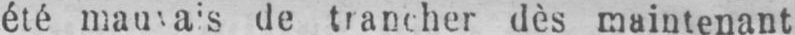
de trancher dès maintenant